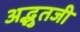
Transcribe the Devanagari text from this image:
अद्भुतजी